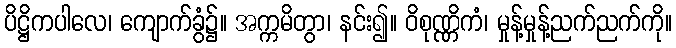
ပိဋ္ဌိကပါလေ၊ ကျောက်ခွံ၌။ အက္ကမိတွာ၊ နင်း၍။ ဝိစုဏ္ဏိကံ၊ မှုန့်မှုန့်ညက်ညက်ကို။